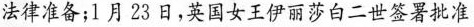
法律准备；l月23日，英国女王伊丽莎白二世签署批准